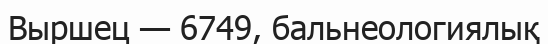
Выршец — 6749, бальнеологиялық